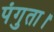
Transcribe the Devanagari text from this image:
पंगुता।